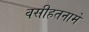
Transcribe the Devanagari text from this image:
वसीहतनामे